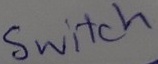
Text: Switch